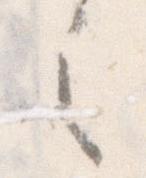
之